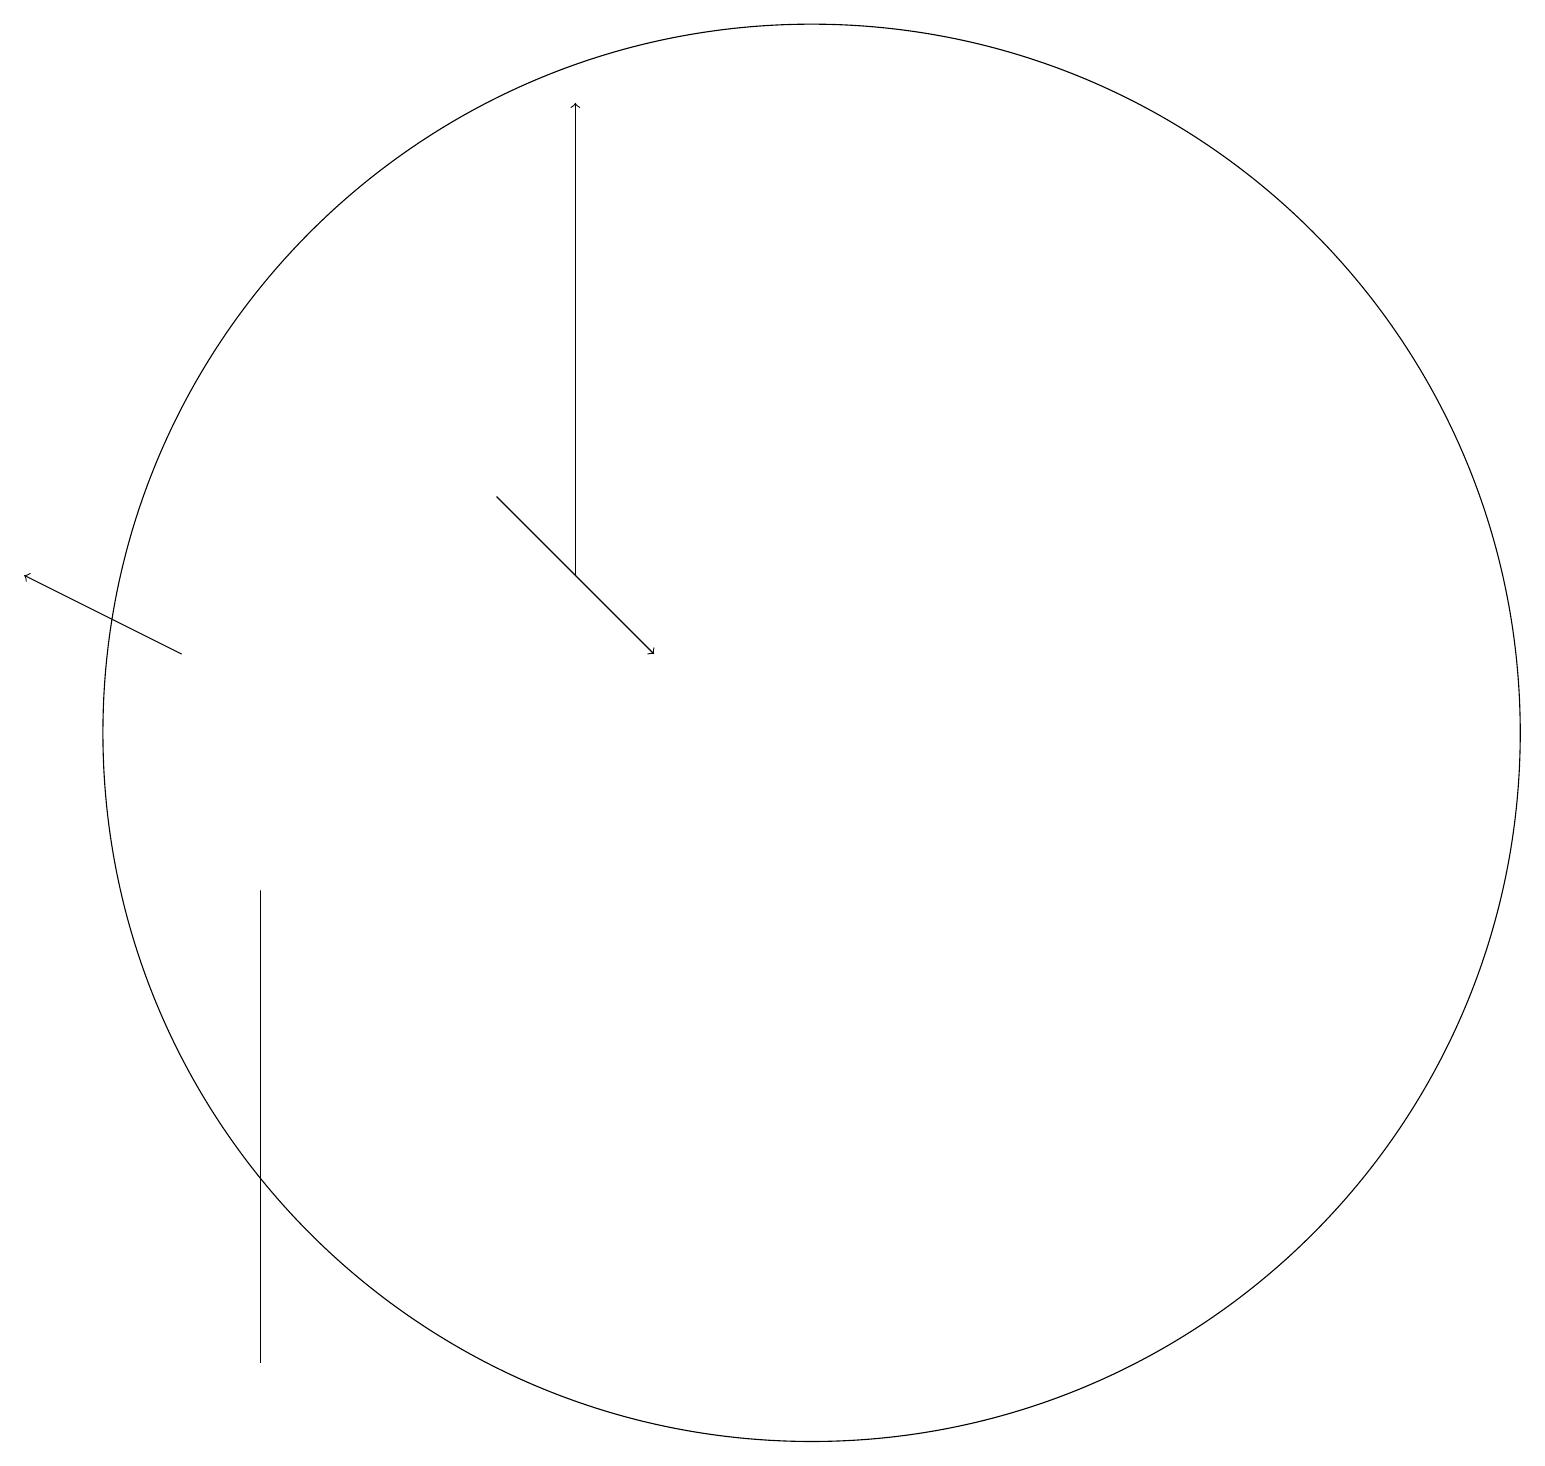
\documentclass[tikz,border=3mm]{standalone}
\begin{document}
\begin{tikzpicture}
\draw (3,8) -- (3,6) -- (3,2) -- cycle;
\draw[->] (7,12) -- (7,18);
\draw (10,10) circle (9);
\draw[->] (2,11) -- (0,12);
\draw[->] (6,13) -- (8,11);
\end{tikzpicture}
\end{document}